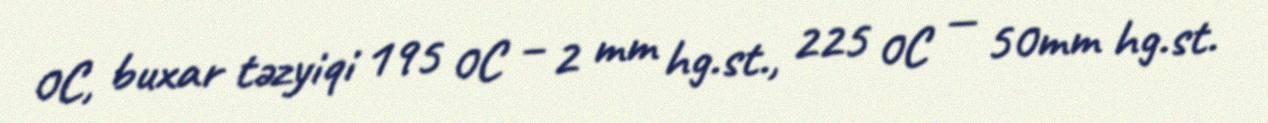
0C, buxar təzyiqi 195 0C – 2 mm hg.st., 225 0C — 50mm hg.st.